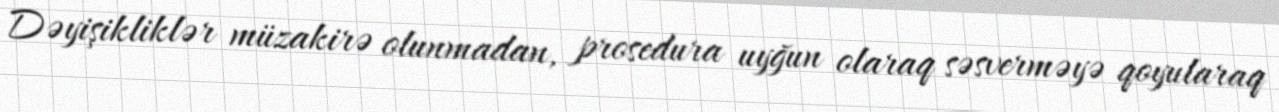
Dəyişikliklər müzakirə olunmadan, prosedura uyğun olaraq səsverməyə qoyularaq